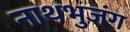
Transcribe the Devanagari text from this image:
नाथभुजंग